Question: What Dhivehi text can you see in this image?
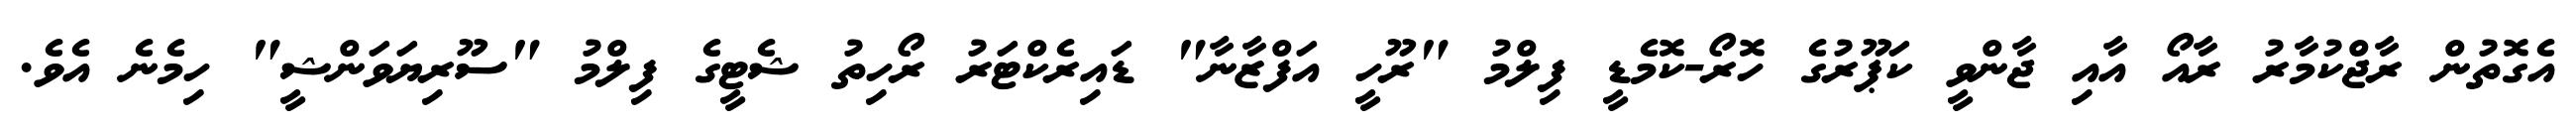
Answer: އެގޮތުން ރާޖްކުމާރު ރާއޯ އާއި ޖާންވީ ކަޕޫރުގެ ހޮރޯ-ކޮމެޑީ ފިލްމު "ރޫހީ އަފްޒާނާ" ޑައިރެކްޓަރު ރޯހިތު ޝެޓީގެ ފިލްމު "ސޫރިޔަވަންޝީ" ހިމެނެ އެވެ.